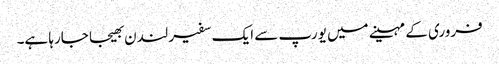
فروری کے مہینے میں یورپ سے ایک سفیر لندن بھیجا جارہا ہے۔